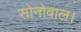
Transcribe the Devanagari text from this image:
सोनोवाल।